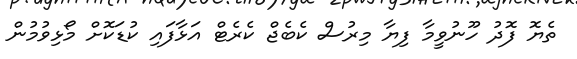
ތެޔޮ ފޮދު ހޫނުވީމާ ފިޔާ މިރުސް ކެބެޖް ކެރެޓް އަޅާފައި ކުޑަކޮށް މޯޅިވުމުން